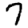
Digit: 7